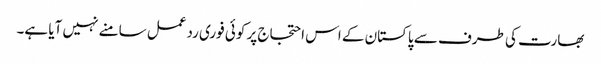
بھارت کی طرف سے پاکستان کے اس احتجاج پر کوئی فوری ردعمل سامنے نہیں آیا ہے۔